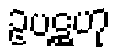
ဥပဋ္ဌဟု